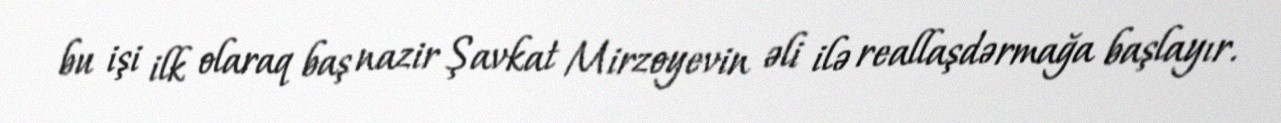
bu işi ilk olaraq baş nazir Şavkat Mirzoyevin əli ilə reallaşdərmağa başlayır.